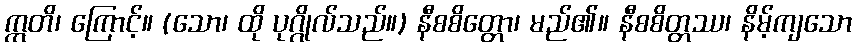
ဣတိ၊ ကြောင့်။ (သော၊ ထို ပုဂ္ဂိုလ်သည်။) နီစစိတ္တော၊ မည်၏။ နီစစိတ္တဿ၊ နိမ့်ကျသော